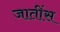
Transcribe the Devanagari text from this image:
जातींस